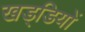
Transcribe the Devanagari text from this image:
खड्डियों